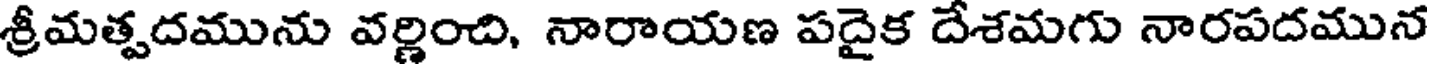
శ్రీమత్పదమును వర్ణించి, నారాయణ పదైక దేశమగు నారపదమున